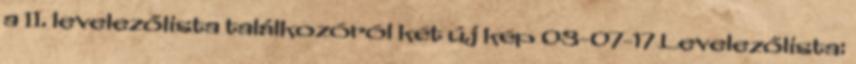
a II. levelezőlista találkozóról két új kép 03-07-17 Levelezőlista: